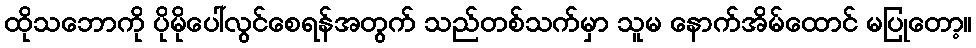
ထိုသဘောကို ပိုမိုပေါ်လွင်စေရန်အတွက် သည်တစ်သက်မှာ သူမ နောက်အိမ်ထောင် မပြုတော့။